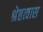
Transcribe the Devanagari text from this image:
श्रेष्ठत्वास